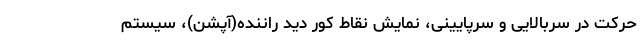
حرکت در سربالایی و سرپایینی، نمایش نقاط کور دید راننده(آپشن)، سیستم